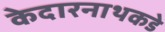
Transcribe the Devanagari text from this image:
केदारनाथकडे